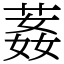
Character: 葌